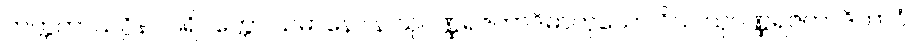
တတ္တကာယဂ္ဂိနာ ပရိပက္ကော သမာနော န သုဝဏ္ဏရဇတာဒိဓာတုယော ဝိယ သုဝဏ္ဏရဇတာဒိဘာဝံ